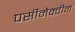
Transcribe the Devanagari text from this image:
पर्सीमेक्वीन